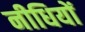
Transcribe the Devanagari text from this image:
नीधियों